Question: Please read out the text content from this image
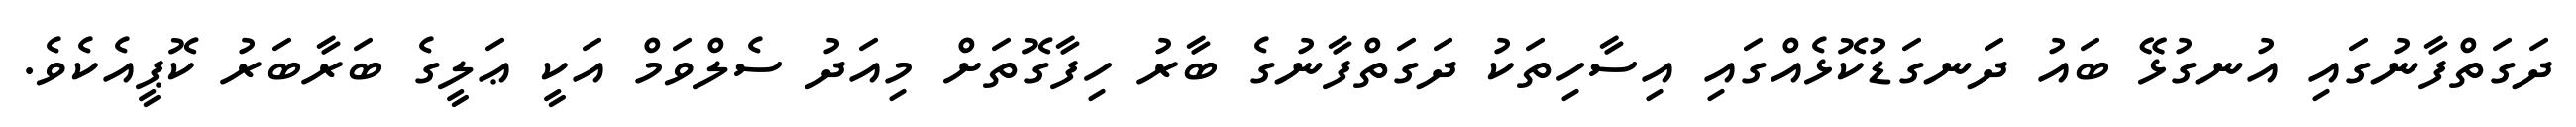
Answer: ދަގަތްފާނުގައި އުނގުޅޭ ބައު ދަނގަޑުކޮޅެއްގައި އިސާހިތަކު ދަގަތްފާނުގެ ބާރު ހިފާގޮތަށް މިއަދު ސެލްވަމް އަކީ ޢަލީގެ ބަރާބަރު ކޮޕީއެކެވެ.